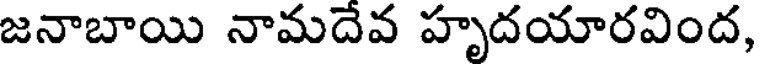
జనాబాయి నామదేవ హృదయారవింద,